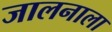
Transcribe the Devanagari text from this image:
जालनाला